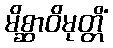
မိစ္ဆာဝိမုတ္တိံ